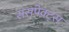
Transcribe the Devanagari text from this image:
ससपेक्ट्स